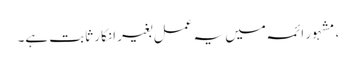
، مشہور ائمہ میں یہ عمل بغیر انکار ثابت ہے۔